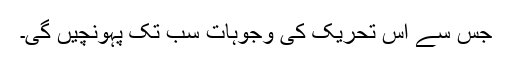
جس سے اس تحریک کی وجوہات سب تک پہونچیں گی۔